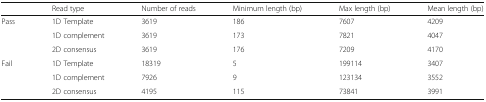
<table><thead><tr><td></td><td><b>Read type</b></td><td><b>Number of reads</b></td><td><b>Minimum length (bp)</b></td><td><b>Max length (bp)</b></td><td><b>Mean length (bp)</b></td></tr></thead><tbody><tr><td rowspan="3">Pass</td><td>1D Template</td><td>3619</td><td>186</td><td>7607</td><td>4209</td></tr><tr><td>1D complement</td><td>3619</td><td>173</td><td>7821</td><td>4047</td></tr><tr><td>2D consensus</td><td>3619</td><td>176</td><td>7209</td><td>4170</td></tr><tr><td rowspan="3">Fail</td><td>1D Template</td><td>18319</td><td>5</td><td>199114</td><td>3407</td></tr><tr><td>1D complement</td><td>7926</td><td>9</td><td>123134</td><td>3552</td></tr><tr><td>2D consensus</td><td>4195</td><td>115</td><td>73841</td><td>3991</td></tr></tbody></table>